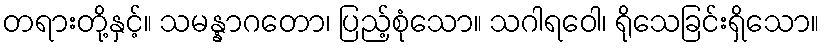
တရားတို့နှင့်။ သမန္နာဂတော၊ ပြည့်စုံသော။ သဂါရဝေါ၊ ရိုသေခြင်းရှိသော။